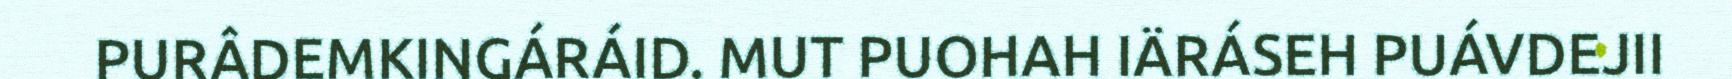
PURÂDEMKIŊGÁRÁID. MUT PUOHAH IÄRÁSEH PUÁVDEJII